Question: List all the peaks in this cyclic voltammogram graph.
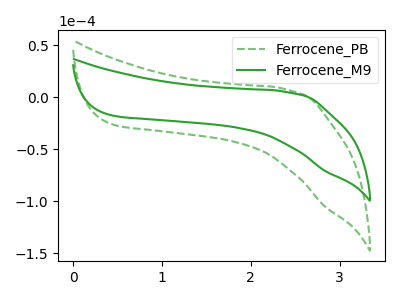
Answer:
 <answer>The green dashed curve "Ferrocene_PB" has no peaks. The green curve "Ferrocene_M9" has no peaks.</answer>
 <eval></eval>